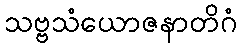
သဗ္ဗသံယောဇနာတိဂံ